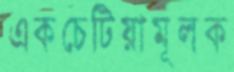
একচেটিয়ামূলক